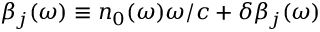
\beta _ { j } ( \omega ) \equiv n _ { 0 } ( \omega ) \omega / c + \delta \beta _ { j } ( \omega )